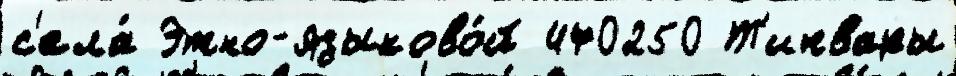
с'ела́ Этно-языково́й 470250 Т'ипвары